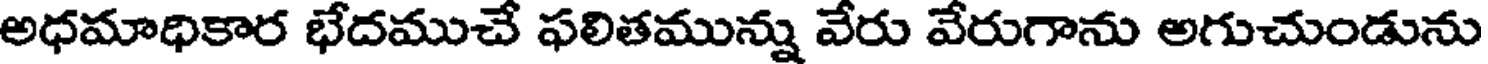
అధమాధికార భేదముచే ఫలితమున్ను వేరు వేరుగాను అగుచుండును